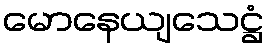
မောနေယျသေဋ္ဌံ